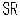
SR